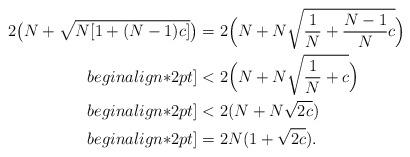
LaTeX: \begin{align*}2\big(N+\sqrt{N[1+(N-1)c]}\big)&=2\Big(N+N\sqrt{\frac{1}{N}+\frac{N-1}{N}c}\Big)\\begin{align*}2 pt]&<2\Big(N+N\sqrt{\frac{1}{N}+c}\Big)\\begin{align*}2 pt]&<2(N+N\sqrt{2c})\\begin{align*}2 pt] &=2N(1+\sqrt{2c}).\end{align*}